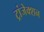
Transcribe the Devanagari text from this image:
ट्रांजेक्‍शन